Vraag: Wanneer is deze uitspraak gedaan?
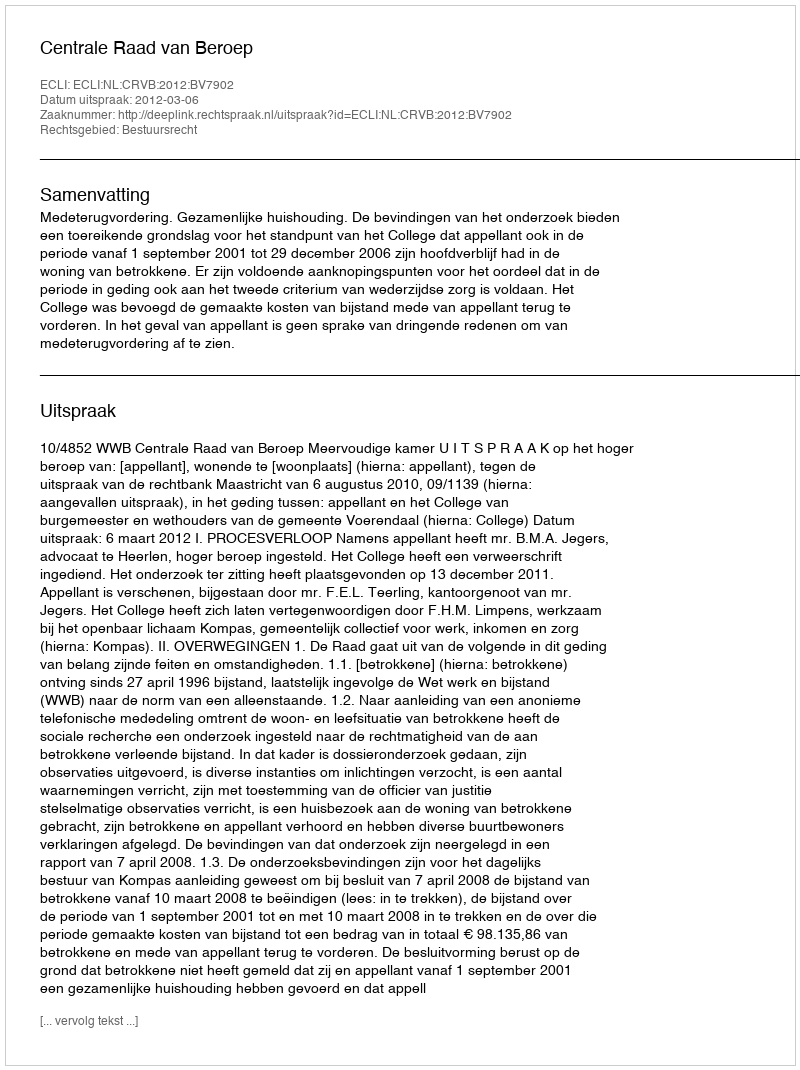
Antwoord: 2012-03-06